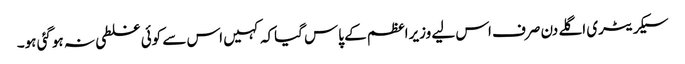
سیکریٹری اگلے دن صرف اس لیے وزیراعظم کے پاس گیاکہ کہیں اس سے کوئی غلطی نہ ہوگئی ہو۔